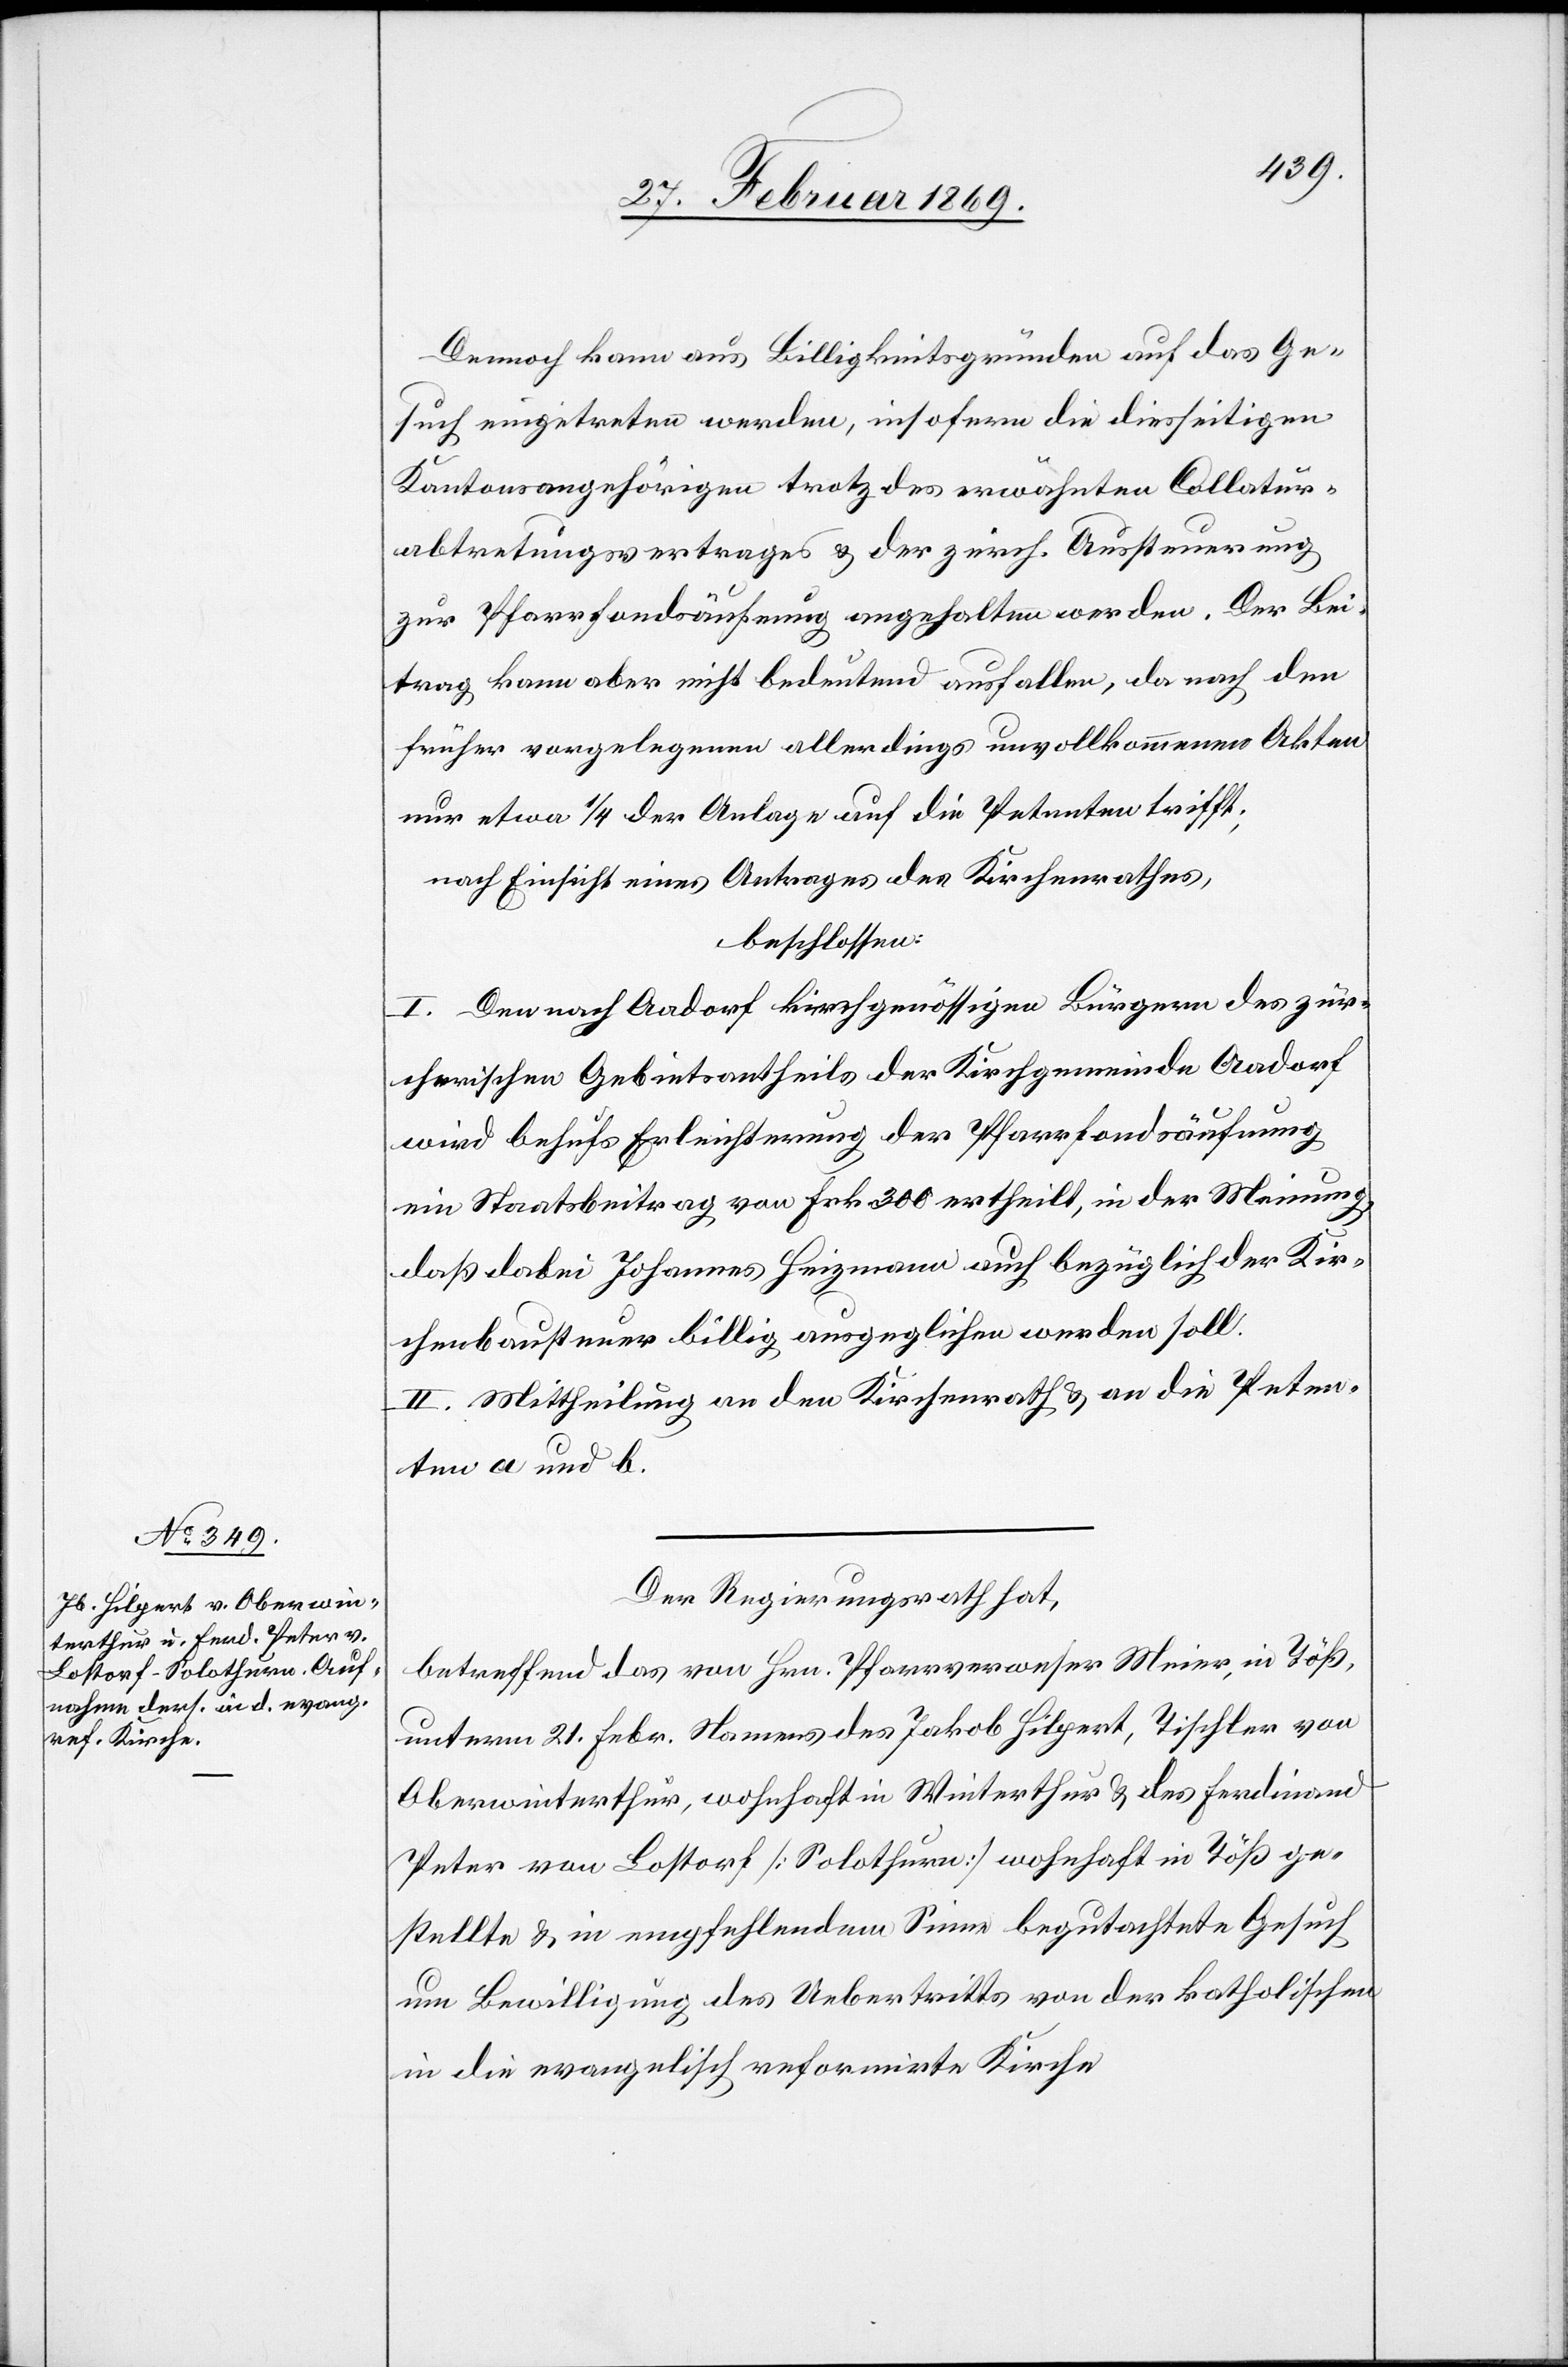
Dennoch kann aus Billigkeitsgründen auf das Ge¬
such eingetreten werden, insofern die diesseitigen
Kantonsangehörigen trotz des erwähnten Collatur¬
abtretungsvertrages & der zürch. Aussteuerung
zur Pfarrfondsäufnung angehalten werden. Der Bei¬
trag kann aber nicht bedeutend ausfallen, da nach den
früher vorgelegenen allerdings unvollkommenen Akten
nur etwa 1/4 der Anlage auf die Petenten trifft;
nach Einsicht eines Antrages der Kirchenrathes,
beschlossen:
I. Den nach Aadorf kirchgenössigen Bürgern des zür¬
cherischen Gebietstheils der Kirchgemeinde Aadorf
wird behufs Erleichterung der Pfarrfondsäufnung
ein Staatsbeitrag von Frk. 300 ertheilt, in der Meinung,
daß dabei Johannes Heizmann auch bezüglich der Kir¬
chensteuer billig ausgeglichen werden soll.
II. Mittheilung an den Kirchenrath u. an die Peten¬
ten a und b.
Der Regierungsrath hat,
betreffend das von Hrn. Pfarrverweser Meier, in Töß,
unterm 21. Febr. Namens des Jakob Hilpert, Tischler von
Oberwinterthur, wohnhaft in Winterthur & des Ferdinand
Peter von Lostorf [Solothurn] wohnhaft in Töß ge¬
stellte & in empfehlendem Sinne begutachteten Gesuch
um Bewilligung des Uebertrittes von der katholischen
in die evangelisch reformirte Kirche